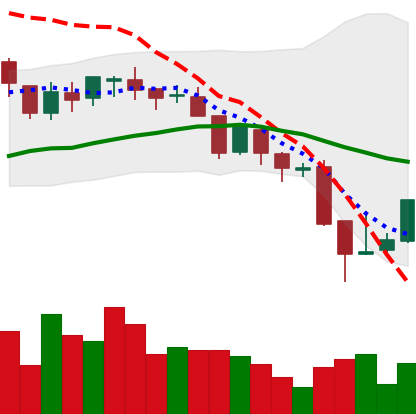
Ticker: BNB-USD
Chart end date: 2018-08-17
Forward return: -12.22%
Label: down_7plus